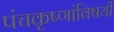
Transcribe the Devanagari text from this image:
पंचकृष्णांविषयी